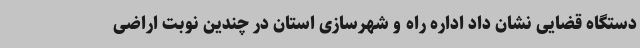
دستگاه قضایی نشان داد اداره راه و شهرسازی استان در چندین نوبت اراضی